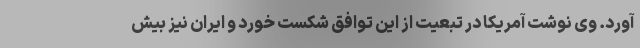
آورد. وی نوشت آمریکا در تبعیت از این توافق شکست خورد و ایران نیز بیش